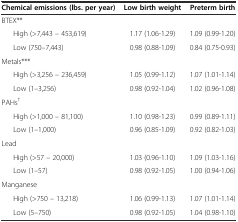
<table><thead><tr><td><b>Chemical emissions (lbs. per year)</b></td><td><b>Low birth weight</b></td><td><b>Preterm birth</b></td></tr></thead><tbody><tr><td>BTEX**</td><td></td><td></td></tr><tr><td>High (&gt;7,443 – 453,619)</td><td>1.17 (1.06-1.29)</td><td>1.09 (0.99-1.20)</td></tr><tr><td>Low (750–7,443)</td><td>0.98 (0.88-1.09)</td><td>0.84 (0.75-0.93)</td></tr><tr><td>Metals***</td><td></td><td></td></tr><tr><td>High (&gt;3,256 – 236,459)</td><td>1.05 (0.99-1.12)</td><td>1.07 (1.01-1.14)</td></tr><tr><td>Low (1–3,256)</td><td>0.98 (0.92-1.04)</td><td>1.02 (0.96-1.08)</td></tr><tr><td>PAHs<sup>†</sup></td><td></td><td></td></tr><tr><td>High (&gt;1,000 – 81,100)</td><td>1.10 (0.98-1.23)</td><td>0.99 (0.89-1.11)</td></tr><tr><td>Low (1–1,000)</td><td>0.96 (0.85-1.09)</td><td>0.92 (0.82-1.03)</td></tr><tr><td>Lead</td><td></td><td></td></tr><tr><td>High (&gt;57 – 20,000)</td><td>1.03 (0.96-1.10)</td><td>1.09 (1.03-1.16)</td></tr><tr><td>Low (1–57)</td><td>0.98 (0.92-1.05)</td><td>1.00 (0.94-1.06)</td></tr><tr><td>Manganese</td><td></td><td></td></tr><tr><td>High (&gt;750 – 13,218)</td><td>1.06 (0.99-1.13)</td><td>1.07 (1.01-1.14)</td></tr><tr><td>Low (5–750)</td><td>0.98 (0.92-1.05)</td><td>1.04 (0.98-1.10)</td></tr></tbody></table>